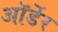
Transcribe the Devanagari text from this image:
ऑर्डेर